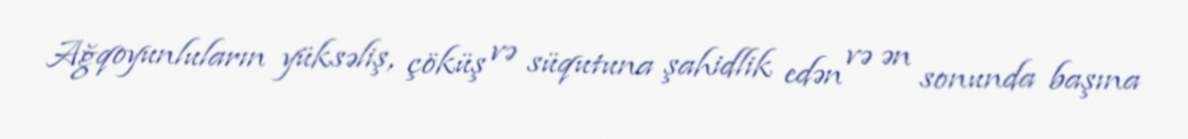
Ağqoyunluların yüksəliş, çöküş və süqutuna şahidlik edən və ən sonunda başına